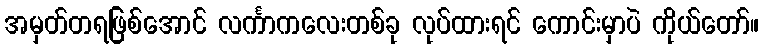
အမှတ်တရဖြစ်အောင် လင်္ကာကလေးတစ်ခု လုပ်ထားရင် ကောင်းမှာပဲ ကိုယ်တော်။